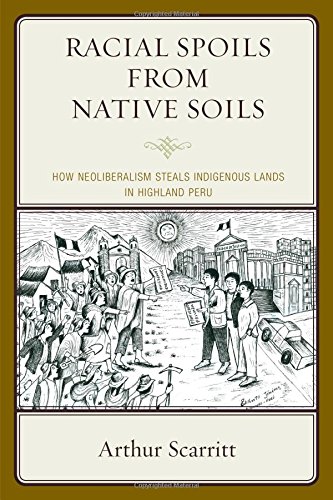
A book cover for Racial Spoils from Native Soils: How Neoliberalism Steals Indigenous Lands in Highland Peru; Arthur Scarritt; Science & Math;